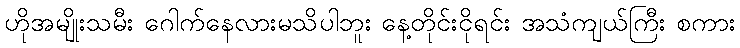
ဟိုအမျိုးသမီး ဂေါက်နေလားမသိပါဘူး နေ့တိုင်းငိုရင်း အသံကျယ်ကြီး စကား